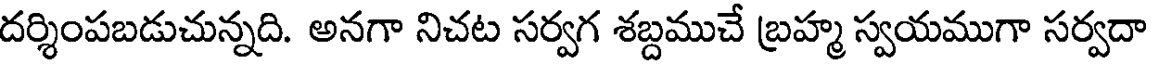
దర్శింపబడుచున్నది. అనగా నిచట సర్వగ శబ్దముచే బ్రహ్మ స్వయముగా సర్వదా